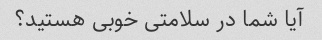
آیا شما در سلامتی خوبی هستید؟